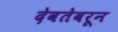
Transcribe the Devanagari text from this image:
देवतेवरून